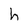
Character: h